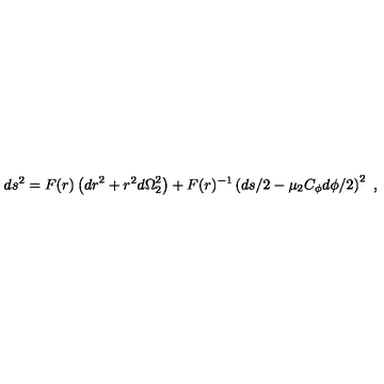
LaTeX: d s ^ { 2 } = F ( r ) \left( { d r } ^ { 2 } + r ^ { 2 } { d \Omega } _ { 2 } ^ { 2 } \right) + F ( r ) ^ { - 1 } \left( { d s } / 2 - \mu _ { 2 } C _ { \phi } { d \phi } / 2 \right) ^ { 2 } \ ,